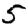
Digit: 5